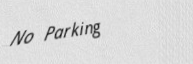
No Parking